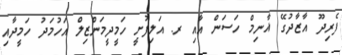
ފެރިދޫ އާޒާދުގޭ ޣާނިމް ހަސަން އާއި ރ. އަލިފުށީ ހަމީދީމަންޒިލް އަހުމަދު ހަމީދާއި